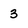
Character: 3